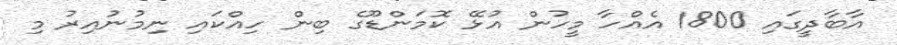
އާބާދީގައި 1800 އެއްހާ މީހުން އުޅޭ ކޮމަންޑޫގެ ބިން ހިއްކައި ނިމުނުއިރު މި